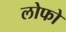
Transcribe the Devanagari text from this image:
लोफो